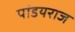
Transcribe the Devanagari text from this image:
पांडयराज